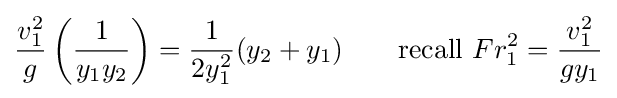
{\frac {v_{1}^{2}}{g}}\left({\frac {1}{y_{1}y_{2}}}\right)={\frac {1}{2y_{1}^{2}}}(y_{2}+y_{1})\qquad {\text{recall }}Fr_{1}^{2}={\frac {v_{1}^{2}}{gy_{1}}}